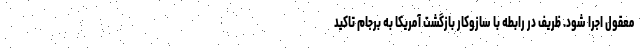
معقول اجرا شود. ظریف در رابطه با سازوکار بازگشت آمریکا به برجام تاکید